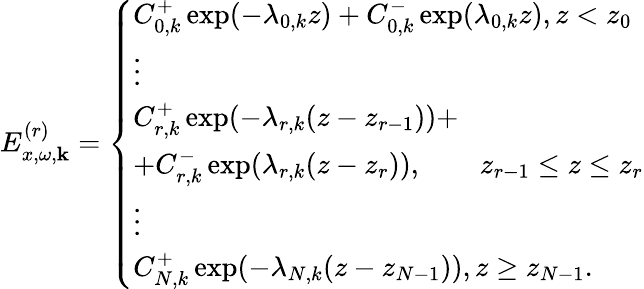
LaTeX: E_{x,\omega,\mathbf{k}}^{(r)}=\left\{ \begin{array}{l}{C_{0,k}^{+}\exp(-\lambda_{0,k}z)+C_{0,k}^{-}\exp(\lambda_{0,k}z),z<z_{0}}\\ {\vdots}\\ {C_{r,k}^{+}\exp(-\lambda_{r,k}(z-z_{r-1}))+}\\ {+C_{r,k}^{-}\exp(\lambda_{r,k}(z-z_{r})),\quad\quad z_{r-1}\leq z\leq z_{r}}\\ {\vdots}\\ {C_{N,k}^{+}\exp(-\lambda_{N,k}(z-z_{N-1})),z\geq z_{N-1}.}\end{array}\right.